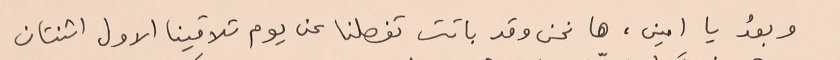
وبعدُ يا امين، ها نحن وقد باتت تفصلنا عن يوم تلاقينا الاول اثنتان